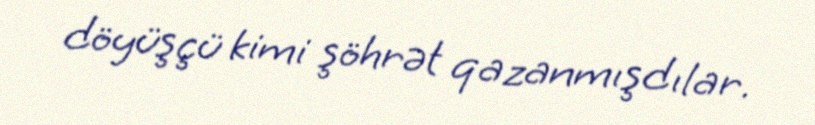
döyüşçü kimi şöhrət qazanmışdılar.